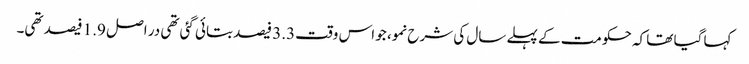
کہا گیا تھا کہ حکومت کے پہلے سال کی شرح نمو، جو اس وقت3.3 فیصد بتائی گئی تھی در اصل 1.9 فیصد تھی۔